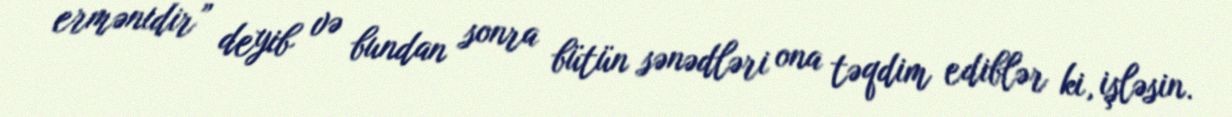
ermənidir” deyib və bundan sonra bütün sənədləri ona təqdim ediblər ki, işləsin.